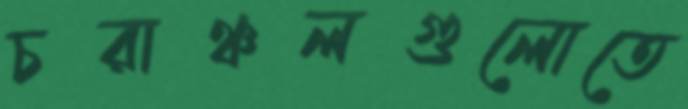
চরাঞ্চলগুলোতে